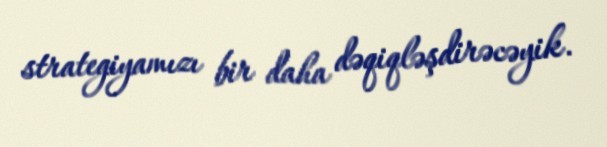
strategiyamızı bir daha dəqiqləşdirəcəyik.